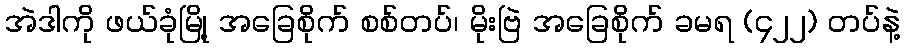
အဲဒါကို ဖယ်ခုံမြို့ အခြေစိုက် စစ်တပ်၊ မိုးဗြဲ အခြေစိုက် ခမရ (၄၂၂) တပ်နဲ့